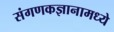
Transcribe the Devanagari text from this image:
संगणकज्ञानामध्ये